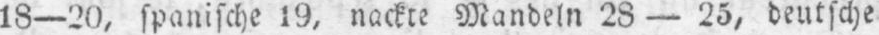
18-20, spanische 19, nackte Mandeln 28 - 25, deutsche